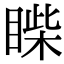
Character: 𥈐